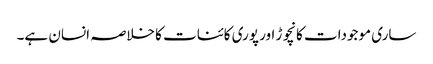
ساری موجودات کانچوڑ اور پوری کائنات کا خلاصہ انسان ہے۔